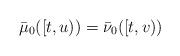
LaTeX: \begin{align*}\bar{\mu}_{0}([t,u))=\bar{\nu}_{0}([t,v))\end{align*}